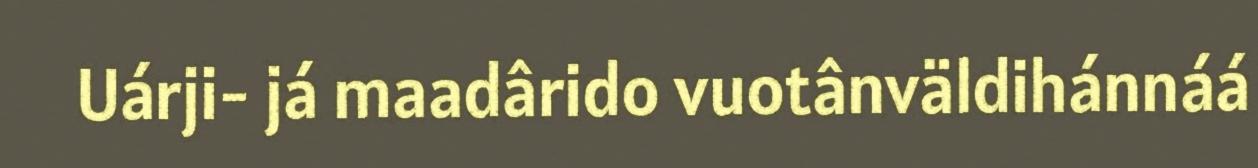
Uárji- já maadârido vuotânväldihánnáá